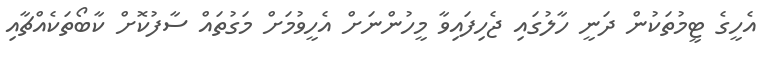
އެހީގެ ޓީމުތަކުން ދަނީ ހާލުގައި ޖެހިފައިވާ މީހުންނަށް އެހީވުމަށް މަގުތައް ސާފުކޮށް ކާބޯތަކެއްޗާއި